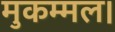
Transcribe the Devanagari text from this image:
मुकम्मल।